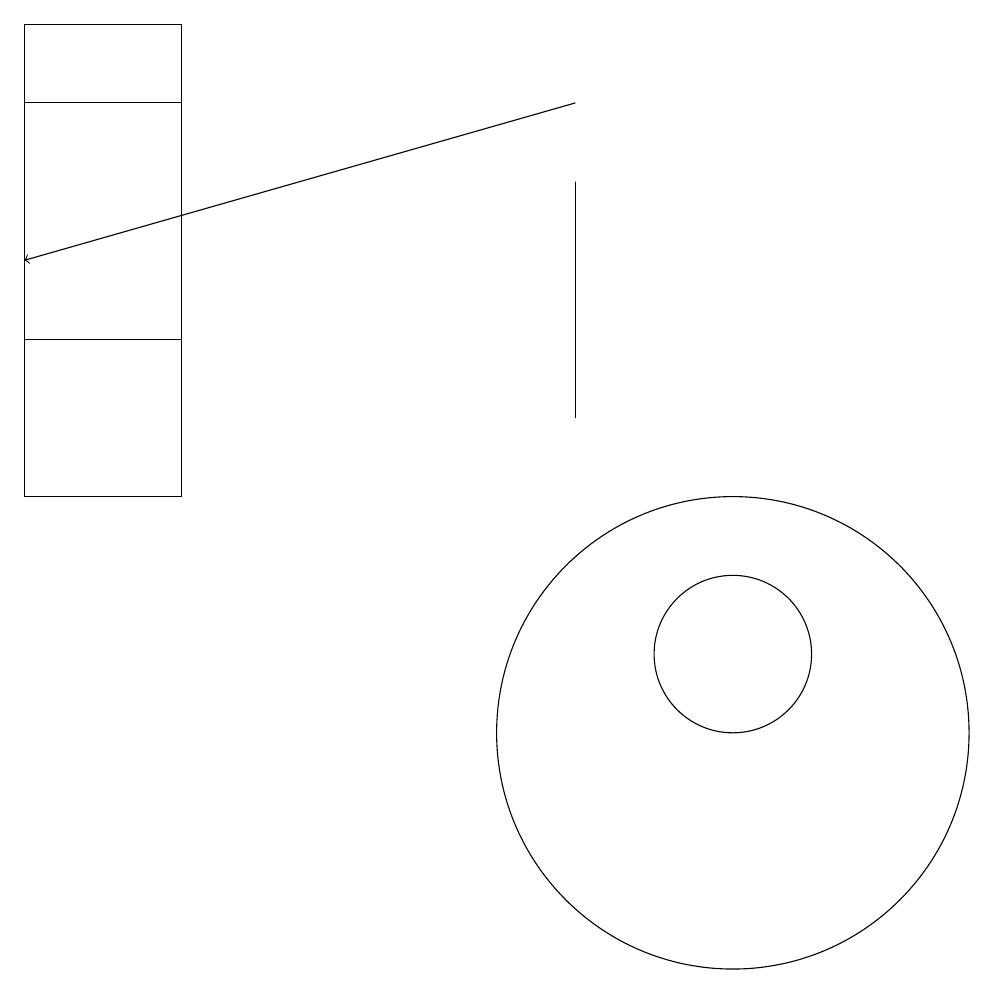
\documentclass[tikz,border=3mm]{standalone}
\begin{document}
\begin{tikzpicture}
\draw (9,14) rectangle (9,17);
\draw (4,19) rectangle (2,15);
\draw[->] (9,18) -- (2,16);
\draw (4,18) rectangle (2,13);
\draw (11,11) circle (1);
\draw (11,10) circle (3);
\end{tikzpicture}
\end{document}